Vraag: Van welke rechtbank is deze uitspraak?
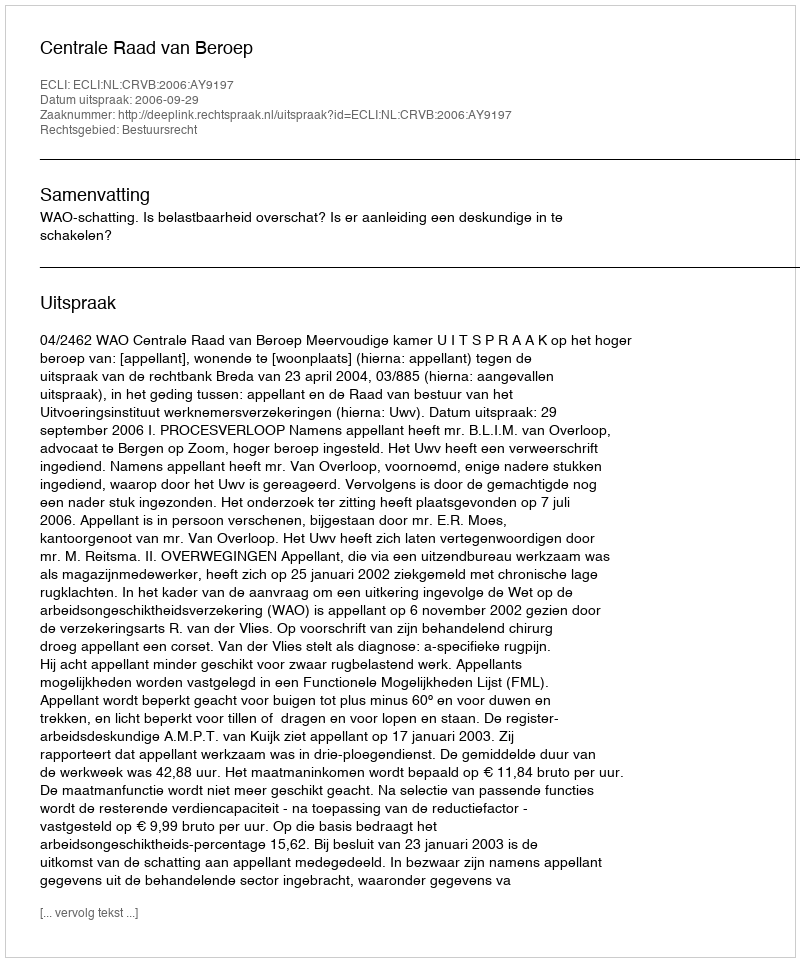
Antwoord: Centrale Raad van Beroep